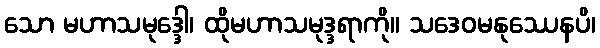
သော မဟာသမုဒ္ဒေါ၊ ထိုမဟာသမုဒ္ဒရာကို။ သဒေဝမနုဿေနပိ၊